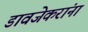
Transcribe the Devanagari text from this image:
डावजेकरांना